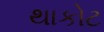
થાકોટ